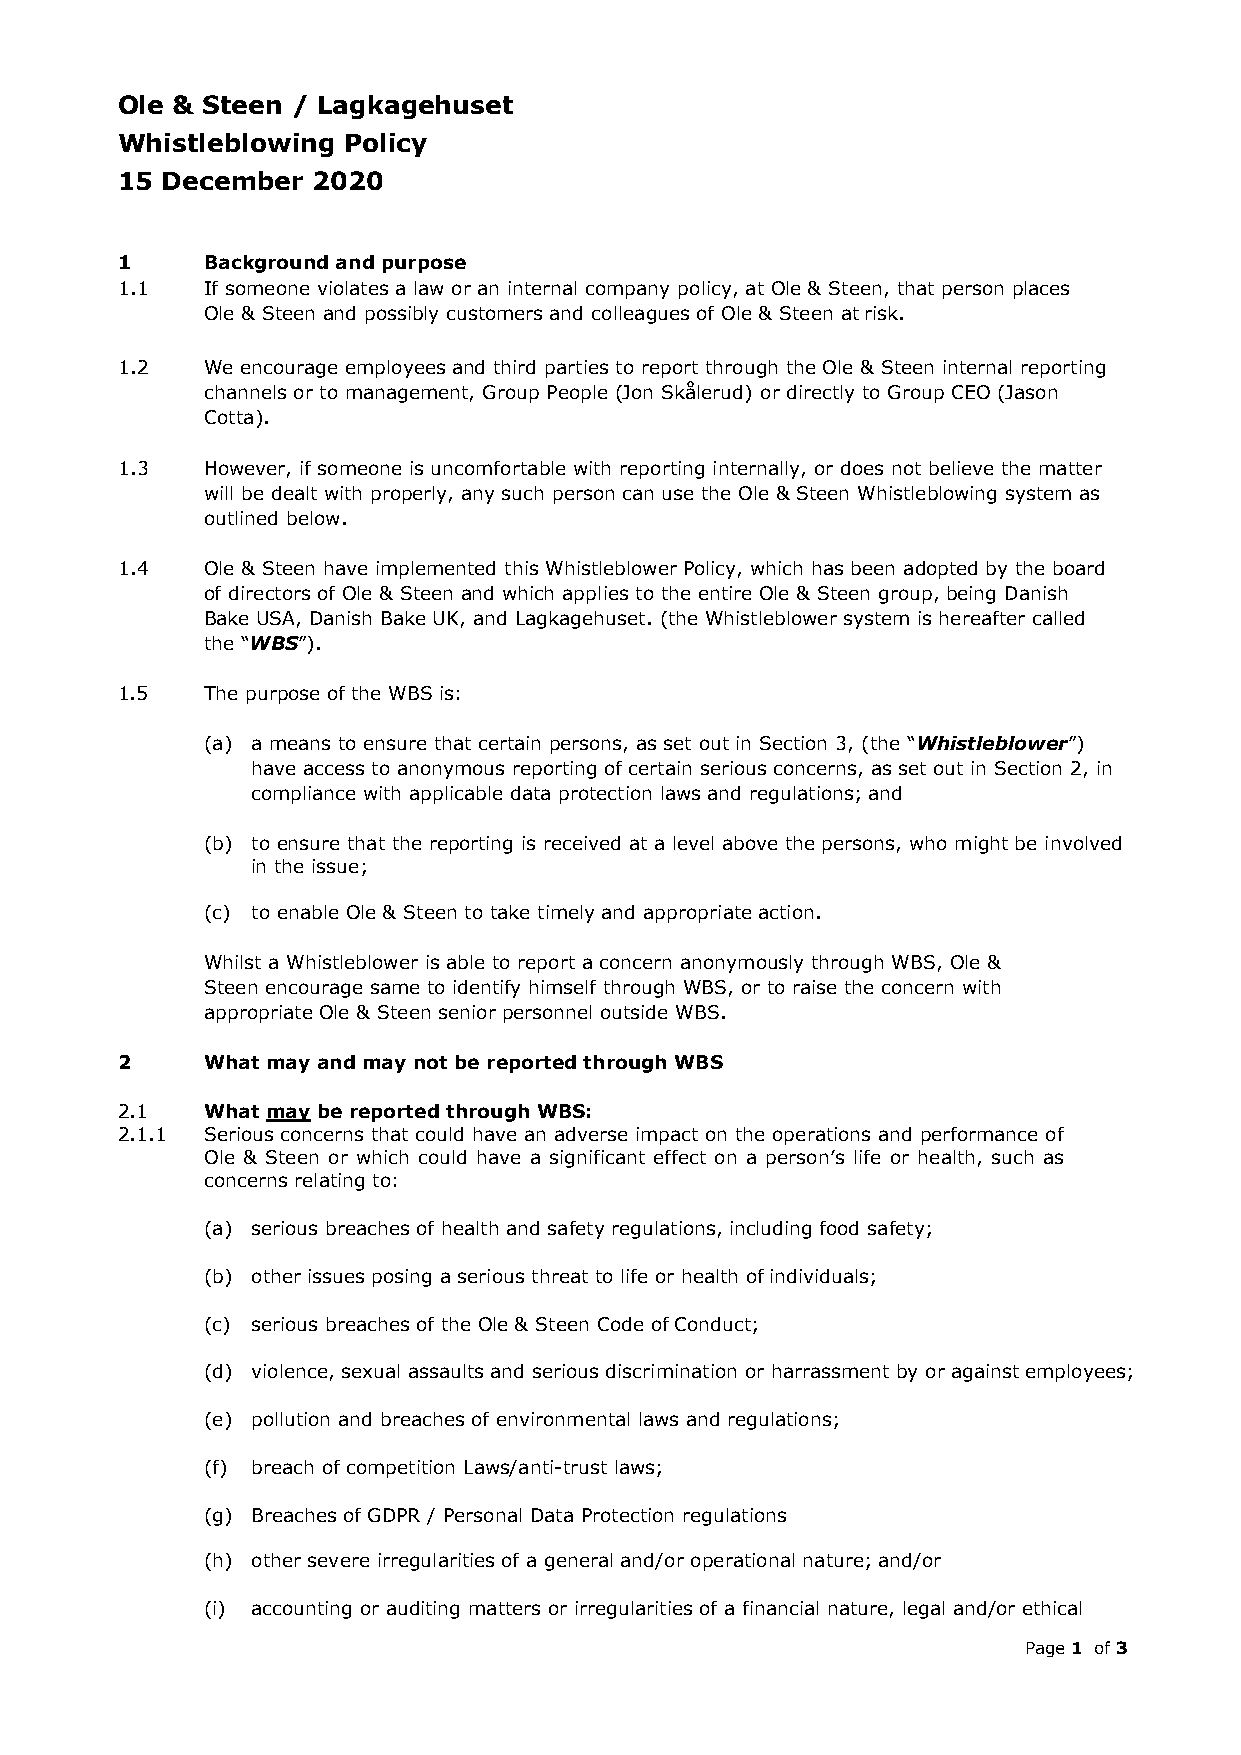
Ole & Steen / Lagkagehuset
 Whistleblowing Policy
 15 December  2020
 1    Background and purpose
 1.1  If someone violates a law or an internal company policy, at Ole & Steen, that person places
 Ole & Steen and possibly customers and colleagues of Ole & Steen at risk.
 1.2  We encourage employees and third parties to report through the Ole & Steen internal reporting
 channels or to management, Group People (Jon Skålerud) or directly to Group CEO (Jason
 Cotta).
 1.3  However, if someone is uncomfortable with reporting internally, or does not believe the matter
 will be dealt with properly, any such person can use the Ole & Steen Whistleblowing system as
 outlined below.
 1.4  Ole & Steen have implemented this Whistleblower Policy, which has been adopted by the board
 of directors of Ole & Steen and which applies to the entire Ole & Steen group, being Danish
 Bake USA, Danish Bake UK, and Lagkagehuset. (the Whistleblower system is hereafter called
 the “WBS”).
 1.5  The purpose of the WBS is:
 (a) a means to ensure that certain persons, as set out in Section 3, (the “Whistleblower”)
 have access to anonymous reporting of certain serious concerns, as set out in Section 2, in
 compliance with applicable data protection laws and regulations; and
 (b) to ensure that the reporting is received at a level above the persons, who might be involved
 in the issue;
 (c) to enable Ole & Steen to take timely and appropriate action.
 Whilst a Whistleblower is able to report a concern anonymously through WBS, Ole &
 Steen encourage same to identify himself through WBS, or to raise the concern with
 appropriate Ole & Steen senior personnel outside WBS.
 2    What may and may not be reported through WBS
 2.1  What may be reported through WBS:
 2.1.1 Serious concerns that could have an adverse impact on the operations and performance of
 Ole & Steen or which could have a significant effect on a person’s life or health, such as
 concerns relating to:
 (a) serious breaches of health and safety regulations, including food safety;
 (b) other issues posing a serious threat to life or health of individuals;
 (c) serious breaches of the Ole & Steen Code of Conduct;
 (d) violence, sexual assaults and serious discrimination or harrassment by or against employees;
 (e) pollution and breaches of environmental laws and regulations;
 (f) breach of competition Laws/anti-trust laws;
 (g) Breaches of GDPR / Personal Data Protection regulations
 (h) other severe irregularities of a general and/or operational nature; and/or
 (i) accounting or auditing matters or irregularities of a financial nature, legal and/or ethical
 Page 1 of 3